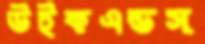
উইকএন্ডস